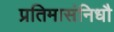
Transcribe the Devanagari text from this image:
प्रतिमासंनिधौ